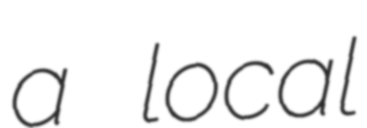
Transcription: a local